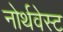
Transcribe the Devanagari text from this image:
नोर्थवेस्ट